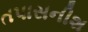
તપાસનીશ